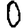
Digit: 0